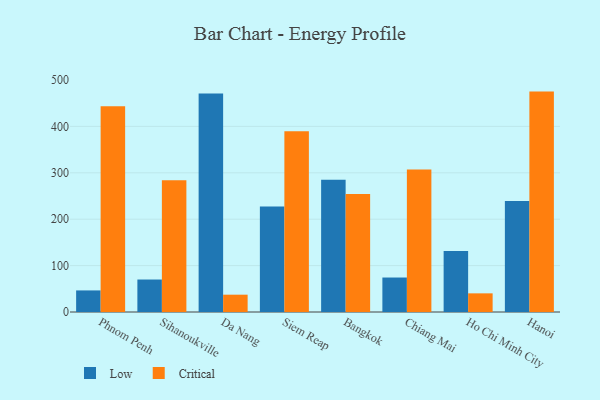
{"axis": {"x": "City", "y": "LTV (USD)"}, "legend": ["Critical", "Low"], "data": [{"x": "Phnom Penh", "y": 46.5, "type": "Low"}, {"x": "Phnom Penh", "y": 443.3, "type": "Critical"}, {"x": "Sihanoukville", "y": 70.0, "type": "Low"}, {"x": "Sihanoukville", "y": 284.2, "type": "Critical"}, {"x": "Da Nang", "y": 470.7, "type": "Low"}, {"x": "Da Nang", "y": 37.3, "type": "Critical"}, {"x": "Siem Reap", "y": 227.4, "type": "Low"}, {"x": "Siem Reap", "y": 389.3, "type": "Critical"}, {"x": "Bangkok", "y": 284.8, "type": "Low"}, {"x": "Bangkok", "y": 254.3, "type": "Critical"}, {"x": "Chiang Mai", "y": 74.3, "type": "Low"}, {"x": "Chiang Mai", "y": 307.1, "type": "Critical"}, {"x": "Ho Chi Minh City", "y": 131.7, "type": "Low"}, {"x": "Ho Chi Minh City", "y": 40.2, "type": "Critical"}, {"x": "Hanoi", "y": 239.1, "type": "Low"}, {"x": "Hanoi", "y": 475.0, "type": "Critical"}]}